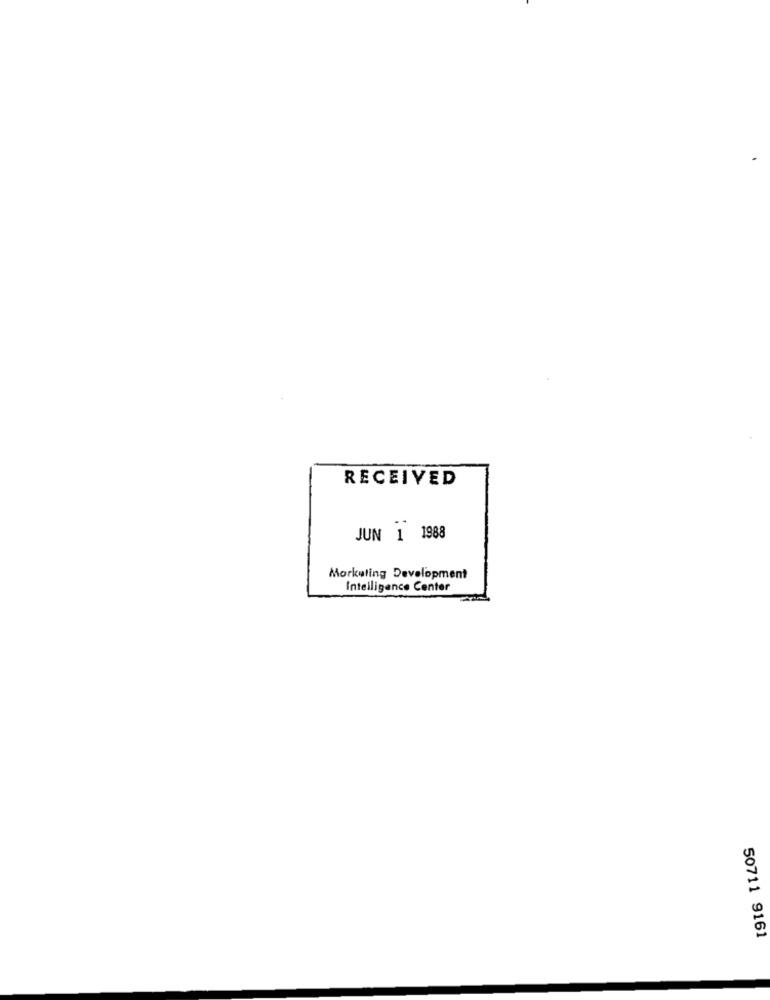
RECEIVED
JUN 1 1988
Morkuling Development
Intelligence Center
50711 9161